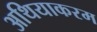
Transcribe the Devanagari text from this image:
अथियाकरम